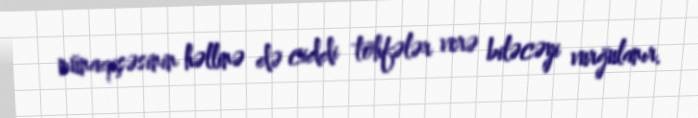
münaqişəsinin həllinə də ciddi töhfələr verə biləcəyi vurğulanır.